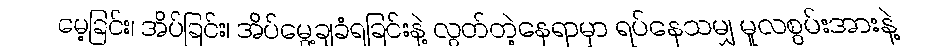
မေ့ခြင်း၊ အိပ်ခြင်း၊ အိပ်မွေ့ချခံရခြင်းနဲ့ လွတ်တဲ့နေရာမှာ ရပ်နေသမျှ မူလစွမ်းအားနဲ့